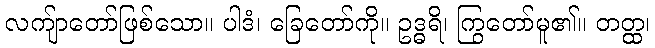
လကျ်ာတော်ဖြစ်သော။ ပါဒံ၊ ခြေတော်ကို။ ဥဒ္ဓရိ၊ ကြွတော်မူ၏။ တတ္ထ၊